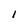
Character: I